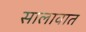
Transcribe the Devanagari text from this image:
सालावात